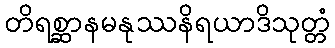
တိရစ္ဆာနမနုဿနိရယာဒိသုတ္တံ